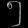
Digit: ၅